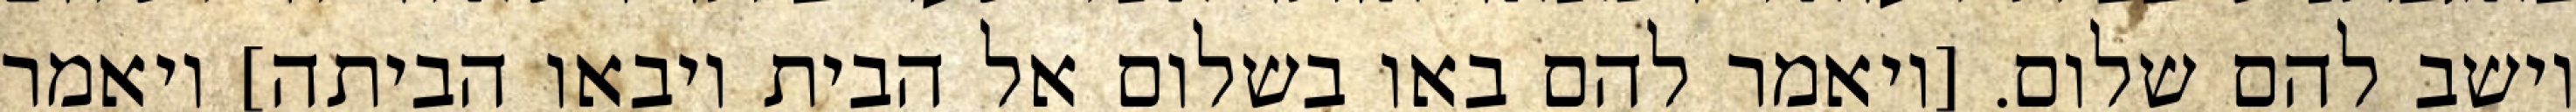
וישב להם שלום. [ויאמר להם באו בשלום אל הבית ויבאו הביתה] ויאמר